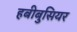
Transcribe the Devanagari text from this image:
हबीबुसियर